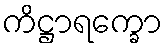
ကိဋ္ဌာရက္ခော